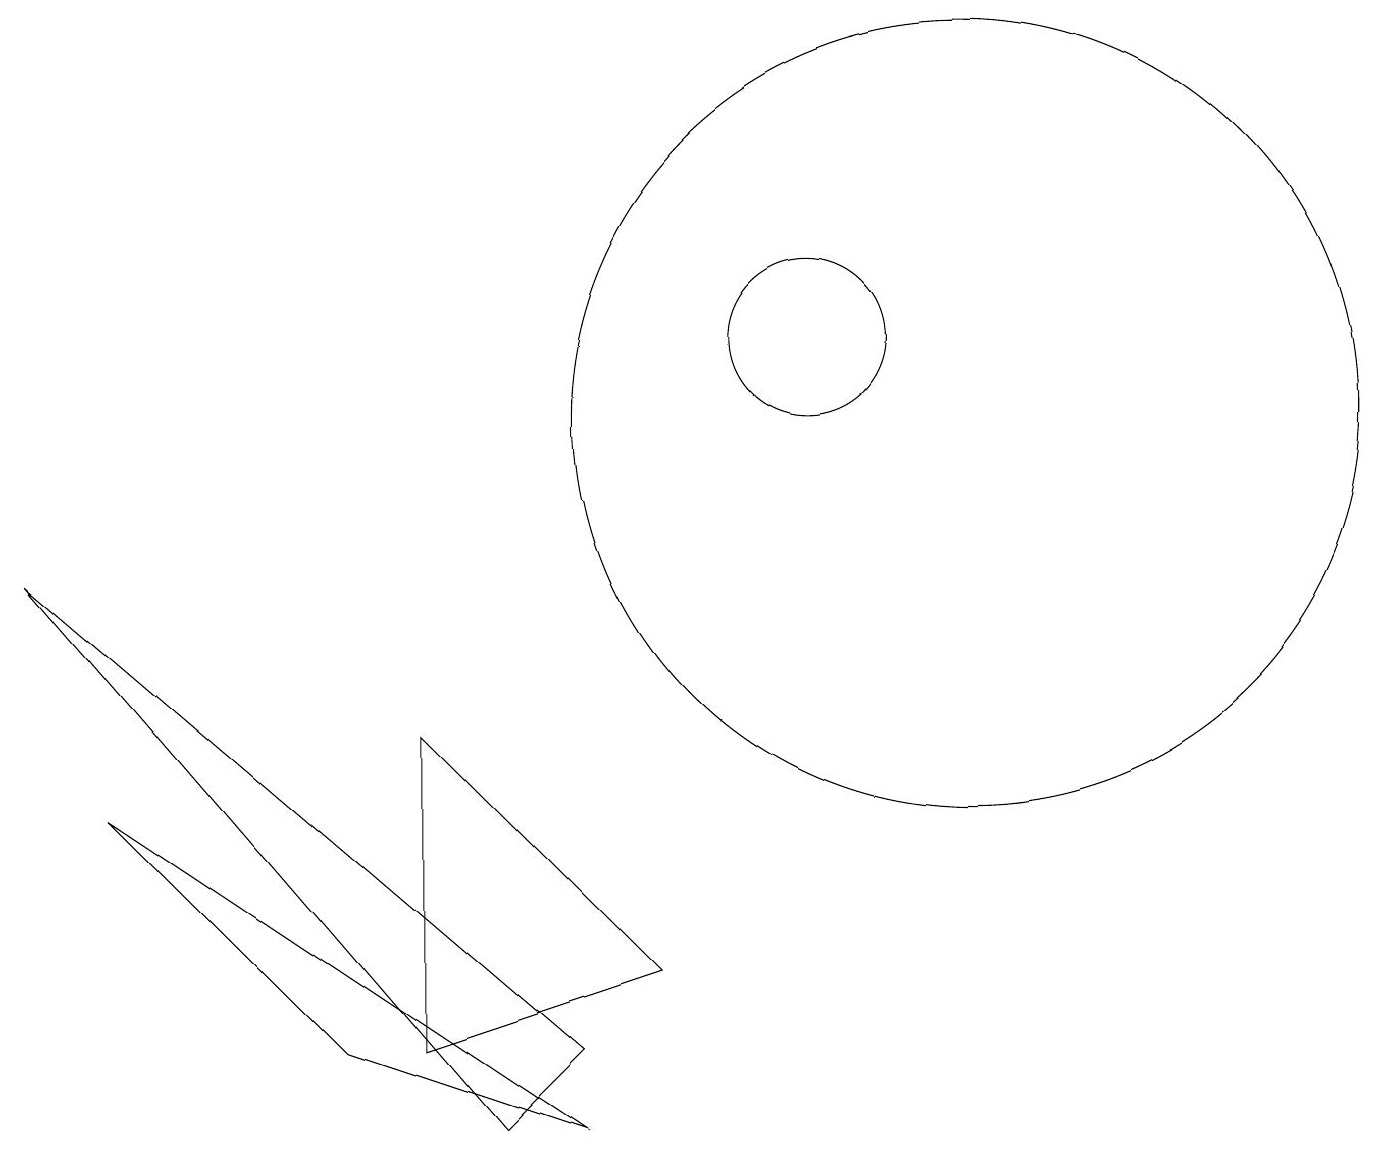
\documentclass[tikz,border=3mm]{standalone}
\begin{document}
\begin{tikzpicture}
\draw (12,11) circle (5);
\draw (10,12) circle (1);
\draw (6,2) -- (0,9) -- (7,3) -- cycle;
\draw (1,6) -- (4,3) -- (7,2) -- cycle;
\draw (5,3) -- (8,4) -- (5,7) -- cycle;
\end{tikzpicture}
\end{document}